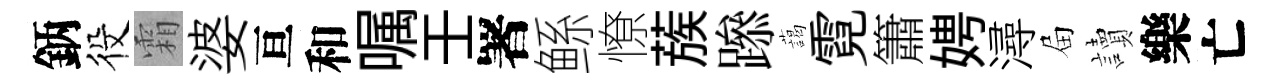
鈵役霜婆亘和嘱壬署鲧憭蔟𨅶藹霓簫娉潯屇讀樂亡